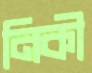
নিকী